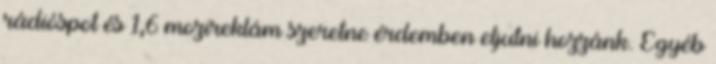
rádióspot és 1,6 mozireklám szeretne érdemben eljutni hozzánk. Egyéb